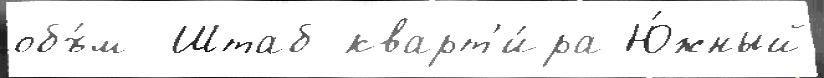
объ́м  Штаб-кварт'и́ра Ю́жный